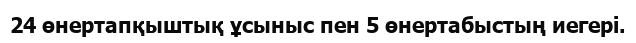
24 өнертапқыштық ұсыныс пен 5 өнертабыстың иегері.